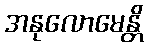
အနုလောမေန္တိ